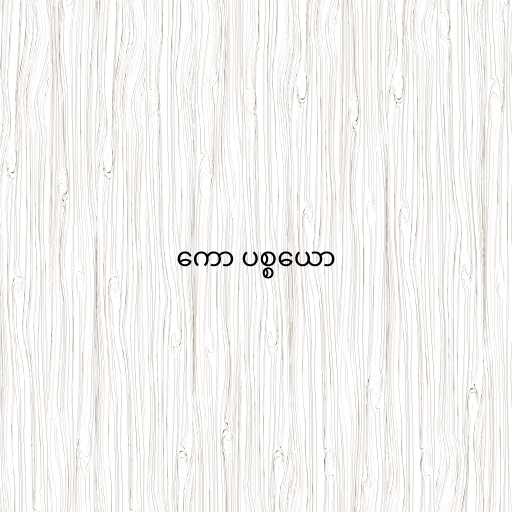
ကော ပစ္စယော